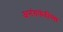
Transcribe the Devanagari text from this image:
अनंतफंदींच्या